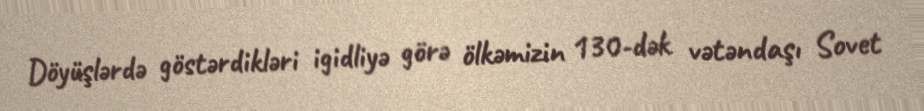
Döyüşlərdə göstərdikləri igidliyə görə ölkəmizin 130-dək vətəndaşı Sovet